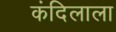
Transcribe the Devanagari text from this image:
कंदिलाला